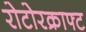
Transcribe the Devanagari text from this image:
रोटोरक्राफ्ट